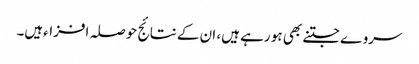
سروے جتنے بھی ہو رہے ہیں، ان کے نتائج حوصلہ افزاءہیں۔